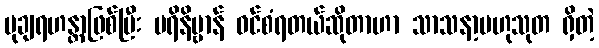
မုချရဟန္တာဖြစ်ပြီး ပရိနိဗ္ဗာန် ဝင်စံရတယ်ဆိုတာဟာ သာသနာ့ဗဟုသုတ ရှိတဲ့